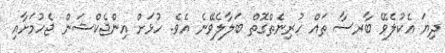
ދިޔަ އެކުލެވޭ ބާރސާ ތައް ހުރިނެތްގޮތް ބަލާލެވޭނެ އެވެ. ހުޅަށް އިންޖެކްޝަން ޖެހުމަށާއި